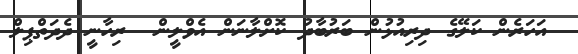
އަހަރެން ކަލޭގެ ދިރިއުޅުން ބަރުބާދު ކޮށްލާނަން އެވްލީން  ރިހާނީ ދެދަތްޕިލް